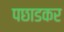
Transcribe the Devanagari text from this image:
पछाडकर